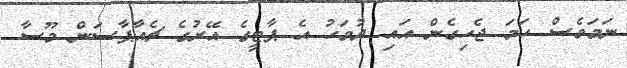
ނަމަވެސް ހަމަ ޖެހިގެން އައި ދުވަހު އެ ޕާޓީގެ އޭރުގެ ޗެއާޕާސަން މޫސާ